Vaccination report Assam 1874-1896 - 1874-1896
Year: 1874
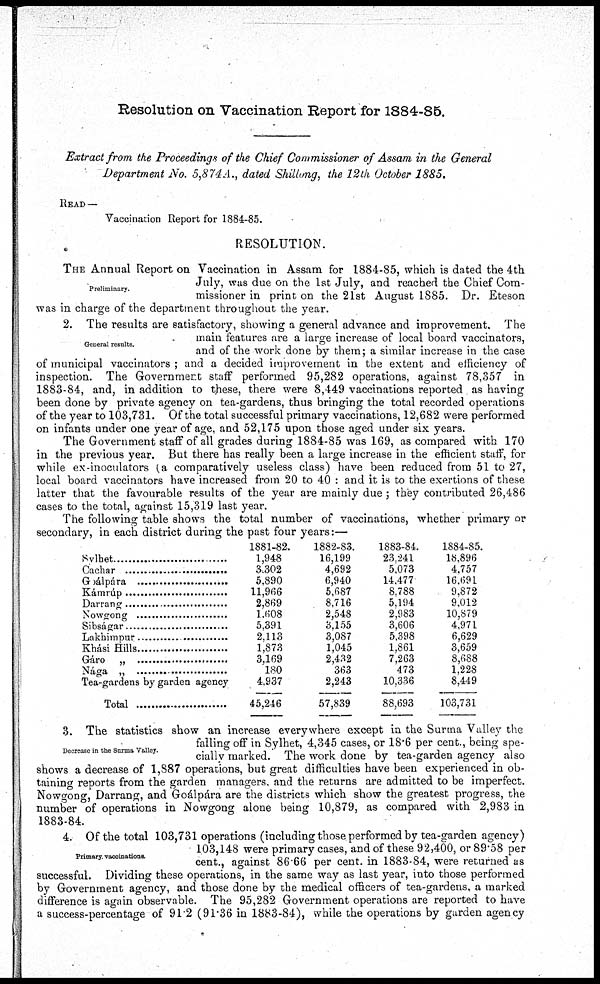
Resolution on Vaccination Report for 1884-85.
Extract from the Proceedings of the Chief Commissioner of Assam in the General
Department No. 5,874A., dated Shillong, the 12th October 1885.
READ —
Vaccination Report for 1884-85.
RESOLUTION.
Preliminary.
THE Annual Report on Vaccination in Assam for 1884-85, which is dated the 4th
July, was due on the 1st July, and reached the Chief Com-
missioner in print on the 21st August 1885. Dr. Eteson
was in charge of the department throughout the year.
General results.
2. The results are satisfactory, showing a general advance and improvement. The
main features are a large increase of local board vaccinators,
and of the work done by them; a similar increase in the case
of municipal vaccinators ; and a decided improvement in the extent and efficiency of
inspection. The Government staff performed 95,282 operations, against 78,357 in
1883-84, and, in addition to these, there were 8,449 vaccinations reported as having
been done by private agency on tea-gardens, thus bringing the total recorded operations
of the year to 103,731. Of the total successful primary vaccinations, 12,682 were performed
on infants under one year of age, and 52,175 upon those aged under six years.
The Government staff of all grades during 1884-85 was 169, as compared with 170
in the previous year. But there has really been a large increase in the efficient staff, for
while ex-inoculators (a comparatively useless class) have been reduced from 51 to 27,
local board vaccinators have increased from 20 to 40 : and it is to the exertions of these
latter that the favourable results of the year are mainly due ; they contributed 26,486
cases to the total, against 15,319 last year.
The following table shows the total number of vaccinations, whether primary or
secondary, in each district during the past four years:—
Sylhet ....................
Cachar .....................
Goálpára ..................
Kámrúp ....................
Darrang ...................
Nowgong .............
Sibságar .....................
Lakhimpur .......................
Khási Hills .......................
Gáro „ ............................
Nága „ .........................
Tea-gardens by garden agency
Total ................
1881-82.
1,948
3,302
5,890
11,966
2,869
1,608
5,391
2,113
1,873
3,169
180
4,937
45,246
1882-83.
16,199
4,692
6,940
5,687
8,716
2,548
3,155
3,087
1,045
2,432
363
2,243
57,839
1883-84.
23,241
5,073
14,477
8,788
5,194
2,983
3,606
5,398
1,861
7,263
473
10,336
88,693
1884-85.
18,896
4,757
16,691
9,872
9,012
10,879
4,971
6,629
3,659
8,688
1,228
8,449
103,731
Decrease in the Surma Valley.
3. The statistics show an increase everywhere except in the Surma Valley the
falling off in Sylhet, 4,345 cases, or 18.6 per cent., being spe-
cially marked. The work done by tea-garden agency also
shows a decrease of 1,887 operations, but great difficulties have been experienced in ob-
taining reports from the garden managers, and the returns are admitted to be imperfect.
Nowgong, Darrang, and Goálpára are the districts which show the greatest progress, the
number of operations in Nowgong alone being 10,879, as compared with 2,983 in
1883-84.
Primary vaccinations.
4. Of the total 103,731 operations (including those performed by tea-garden agency)
103,148 were primary cases, and of these 92,400, or 89.58 per
cent., against 86.66 per cent. in 1883-84, were returned as
successful. Dividing these operations, in the same way as last year, into those performed
by Government agency, and those done by the medical officers of tea-gardens, a marked
difference is again observable. The 95,282 Government operations are reported to have
a success-percentage of 91.2 (91.36 in 1883-84), while the operations by garden agency